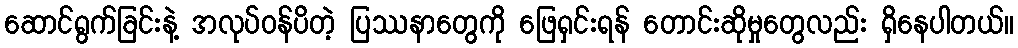
ဆောင်ရွက်ခြင်းနဲ့ အလုပ်ဝန်ပိတဲ့ ပြဿနာတွေကို ဖြေရှင်းရန် တောင်းဆိုမှုတွေလည်း ရှိနေပါတယ်။